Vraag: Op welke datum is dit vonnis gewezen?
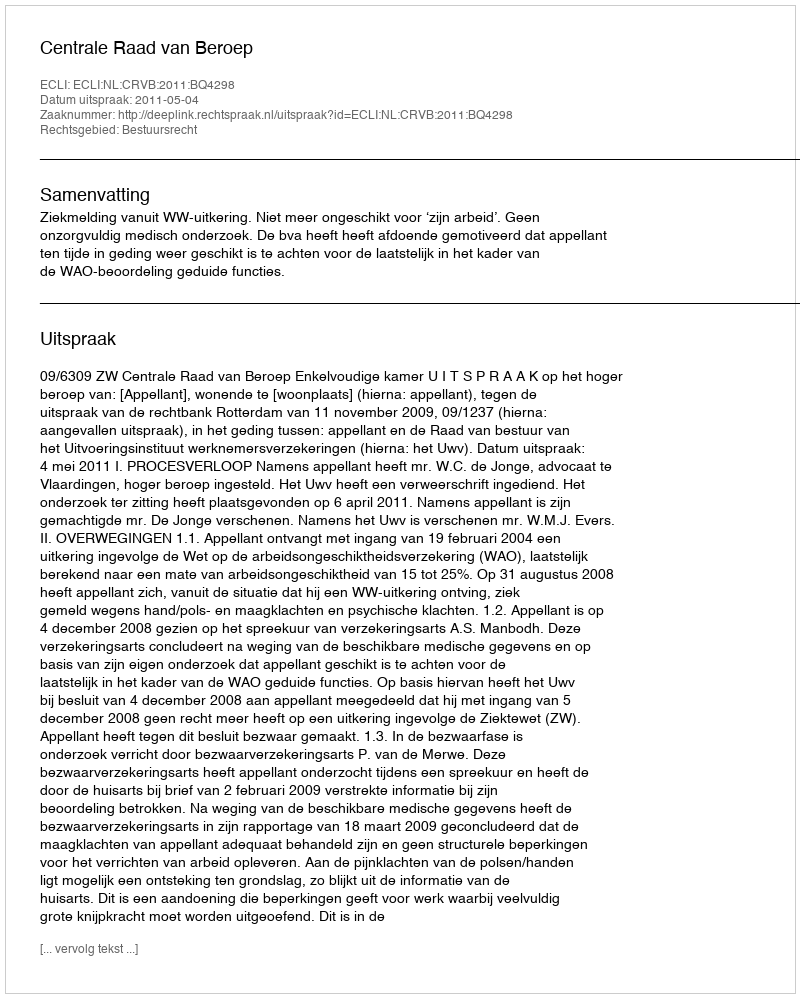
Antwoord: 2011-05-04